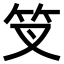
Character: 𥫢